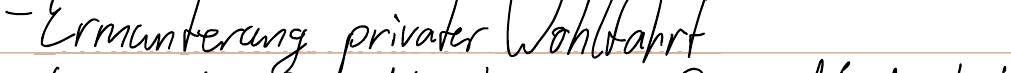
- Ermunterung privater Wohlfahrt